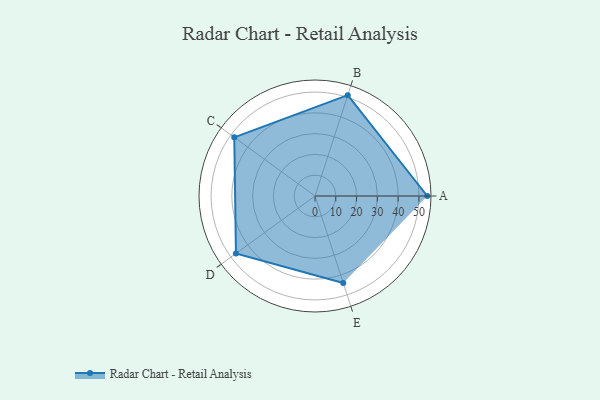
{"axis": {"x": "Skill", "y": "Score"}, "legend": ["Profile"], "data": [{"x": "A", "y": 54.0, "type": "Profile"}, {"x": "B", "y": 51.0, "type": "Profile"}, {"x": "C", "y": 48.0, "type": "Profile"}, {"x": "D", "y": 47.0, "type": "Profile"}, {"x": "E", "y": 44.0, "type": "Profile"}]}